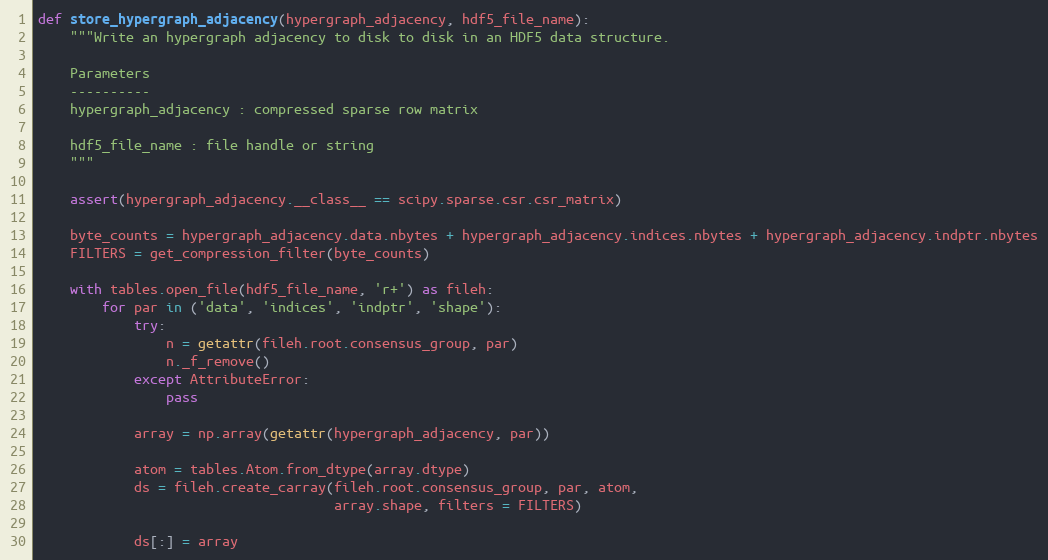
Language: Python
def store_hypergraph_adjacency(hypergraph_adjacency, hdf5_file_name):
    """Write an hypergraph adjacency to disk to disk in an HDF5 data structure.

    Parameters
    ----------
    hypergraph_adjacency : compressed sparse row matrix

    hdf5_file_name : file handle or string
    """

    assert(hypergraph_adjacency.__class__ == scipy.sparse.csr.csr_matrix)

    byte_counts = hypergraph_adjacency.data.nbytes + hypergraph_adjacency.indices.nbytes + hypergraph_adjacency.indptr.nbytes
    FILTERS = get_compression_filter(byte_counts)

    with tables.open_file(hdf5_file_name, 'r+') as fileh:
        for par in ('data', 'indices', 'indptr', 'shape'):
            try:
                n = getattr(fileh.root.consensus_group, par)
                n._f_remove()
            except AttributeError:
                pass

            array = np.array(getattr(hypergraph_adjacency, par))

            atom = tables.Atom.from_dtype(array.dtype)
            ds = fileh.create_carray(fileh.root.consensus_group, par, atom,
                                     array.shape, filters = FILTERS)

            ds[:] = array